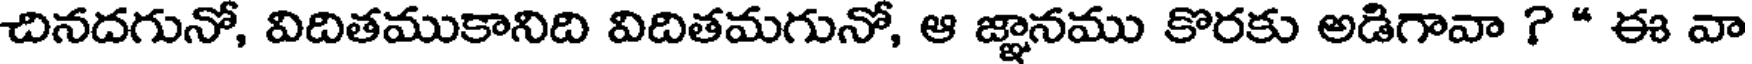
చినదగునో, విదితముకానిది విదితమగునో, ఆ జ్ఞానము కొరకు అడిగావా ? * ఈ వా